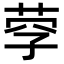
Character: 𦰊